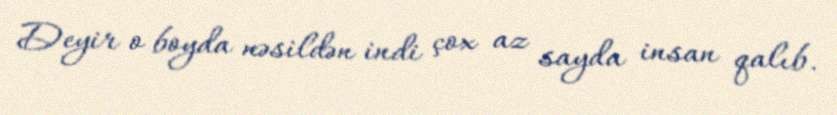
Deyir o boyda nəsildən indi çox az sayda insan qalıb.